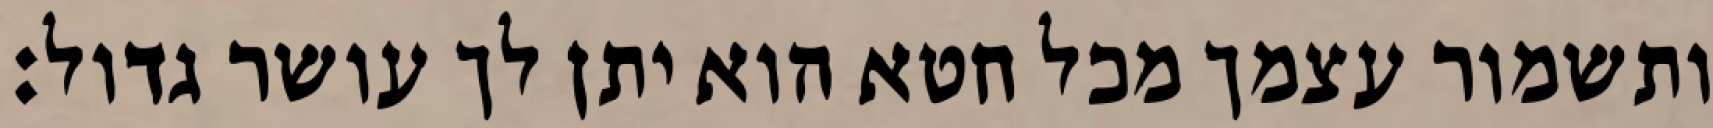
ותשמור עצמך מכל חטא הוא יתן לך עושר גדול: